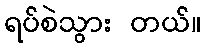
ရပ်စဲသွား တယ်။